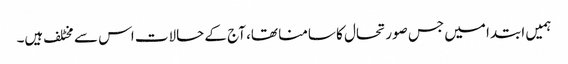
ہمیں ابتدا میں جس صورتحال کا سامنا تھا، آج کے حالات اس سے مخٹلف ہیں۔